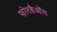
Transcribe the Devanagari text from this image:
फोरहैओंद